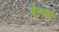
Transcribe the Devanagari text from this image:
देन्जा